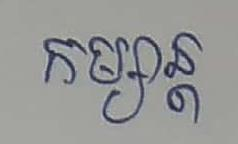
កម្សាន្ដ